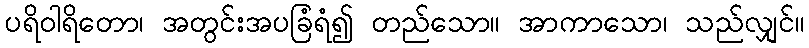
ပရိဝါရိတော၊ အတွင်းအပခြံရံ၍ တည်သော။ အာကာသော၊ သည်လျှင်။